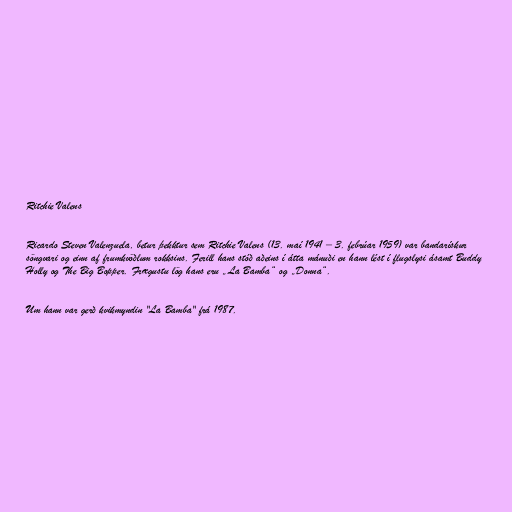
Ritchie Valens

Ricardo Steven Valenzuela, betur þekktur sem Ritchie Valens (13. maí 1941 – 3. febrúar 1959) var bandarískur
söngvari og einn af frumkvöðlum rokksins. Ferill hans stóð aðeins í átta mánuði en hann lést í flugslysi ásamt Buddy
Holly og The Big Bopper. Frægustu lög hans eru „La Bamba“ og „Donna“.

Um hann var gerð kvikmyndin "La Bamba" frá 1987.